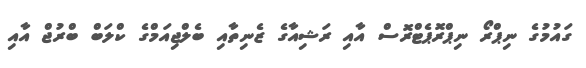
ގައުމުގެ ނިޕްރޯ ނިޕްރޮޕެޓްރޮސް އާއި ރަޝިއާގެ ޒެނިތާއި ބެލްޖިއަމްގެ ކްލަބް ބްރުޖް އާއި